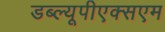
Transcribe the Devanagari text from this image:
डब्ल्यूपीएक्सएम